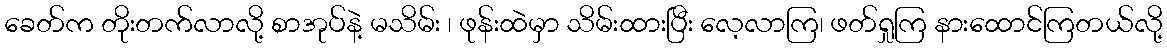
ခေတ်က တိုးတက်လာလို့ စာအုပ်နဲ့ မသိမ်း ၊ ဖုန်းထဲမှာ သိမ်းထားပြီး လေ့လာကြ၊ ဖတ်ရှုကြ နားထောင်ကြတယ်လို့